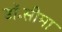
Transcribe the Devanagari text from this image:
डॉ॰सीमा